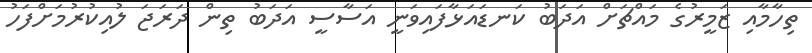
ތިހާމާއި ޒަމީރުގެ މައްޗަށް އަދަބު ކަނޑައަޅާފައިވަނީ އަސާސީ އަދަބު ތިން ދަރަޖަ ލުއިކުރުމަށްފަހު